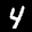
Label: 4